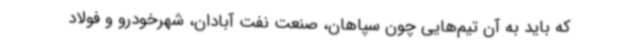
که باید به آن تیم‌هایی چون سپاهان، صنعت نفت آبادان، شهرخودرو و فولاد